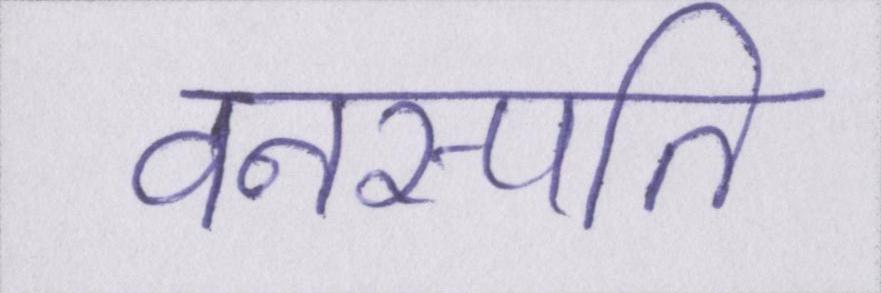
वनस्पति